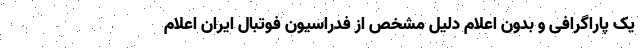
یک پاراگرافی و بدون اعلام دلیل مشخص از فدراسیون فوتبال ایران اعلام